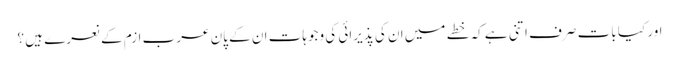
اور کیا بات صرف اتنی ہے کہ خطے میں ان کی پذیرائی کی وجوہات ان کے پان عرب ازم کے نعرے ہیں ؟